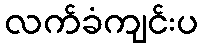
လက်ခံကျင်းပ